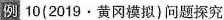
例10(2019·黄冈模拟)问题探究